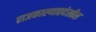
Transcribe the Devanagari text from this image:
राजकारणातदेखील